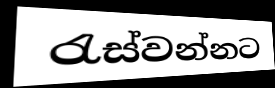
රැස්වන්නට